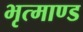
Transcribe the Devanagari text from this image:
भृत्माण्ड